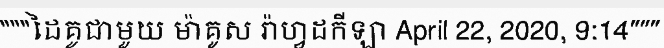
"""ដៃគូជាមួយ ម៉ាគូស រ៉ាហ្វដកីឡា April 22, 2020, 9:14"""